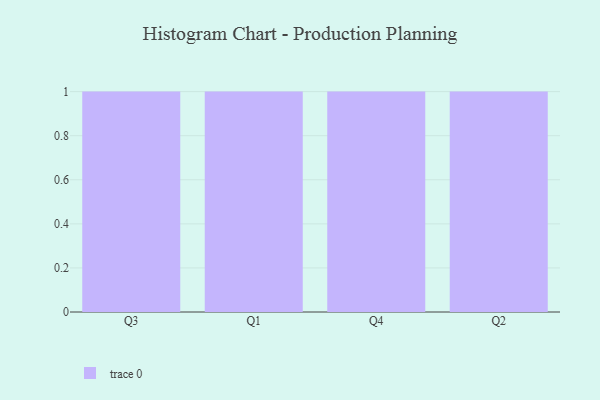
{"axis": {"x": "Quarter", "y": "Market Share (%)"}, "legend": [""], "data": [{"x": "Q3", "y": 70, "type": ""}, {"x": "Q1", "y": 23, "type": ""}, {"x": "Q4", "y": 93, "type": ""}, {"x": "Q2", "y": 23, "type": ""}]}